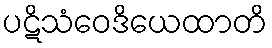
ပဋိသံဝေဒိယေထာတိ